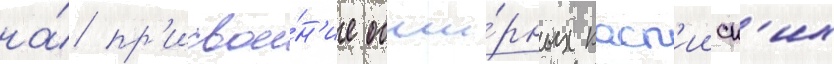
на́ пр'исвое́н'ие обши́рных касп'ииск'их